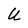
Character: U